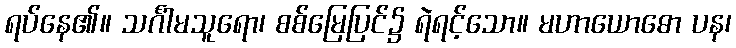
ရပ်နေ၏။ သင်္ဂါမသူရော၊ စစ်မြေပြင်၌ ရဲရင့်သော။ မဟာယောဓော ပန၊